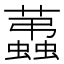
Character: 𧔩